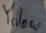
Text: Yellow